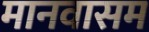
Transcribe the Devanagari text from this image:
मानवासम